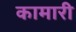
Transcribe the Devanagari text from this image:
कामारी